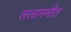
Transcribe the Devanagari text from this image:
ललामभीत